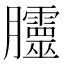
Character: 𭩗